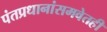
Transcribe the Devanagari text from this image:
पंतप्रधानांसमवेतही